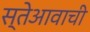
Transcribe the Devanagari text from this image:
स्तेआवाची